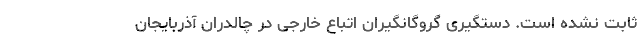
ثابت نشده است. دستگیری گروگانگیران اتباع خارجی در چالدران آذربایجان